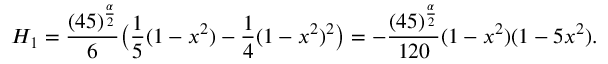
H _ { 1 } = \frac { ( 4 5 ) ^ { \frac \alpha 2 } } { 6 } \big ( \frac { 1 } { 5 } ( 1 - x ^ { 2 } ) - \frac { 1 } { 4 } ( 1 - x ^ { 2 } ) ^ { 2 } \big ) = - \frac { ( 4 5 ) ^ { \frac \alpha 2 } } { 1 2 0 } ( 1 - x ^ { 2 } ) ( 1 - 5 x ^ { 2 } ) .